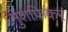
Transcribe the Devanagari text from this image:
मुशफिकर